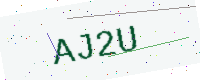
Text: AJ2U